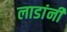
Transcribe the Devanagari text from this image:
लाडांनी